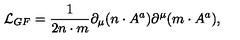
{ \cal L } _ { G F } = \frac { 1 } { 2 n \cdot m } \partial _ { \mu } ( n \cdot A ^ { a } ) \partial ^ { \mu } ( m \cdot A ^ { a } ) ,